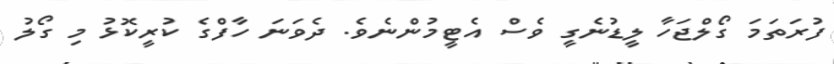
ފުރަތަމަ ގޯލްޖަހާ ލީޑުނެގީ ވެސް އެޓީމުންނެވެ. ދެވަނަ ހާފްގެ ކުރީކޮޅު މި ގޯލު